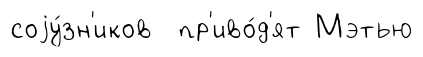
соjу́зн'иков пр'иво́д'ят Мэтью